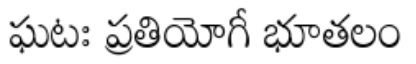
ఘటః ప్రతియోగీ భూతలం